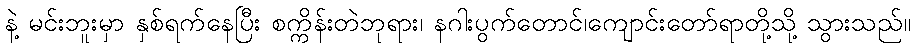
နဲ့ မင်းဘူးမှာ နှစ်ရက်နေပြီး စက္ကိန်းတဲဘုရား၊ နဂါးပွက်တောင်၊ကျောင်းတော်ရာတို့သို့ သွားသည်။